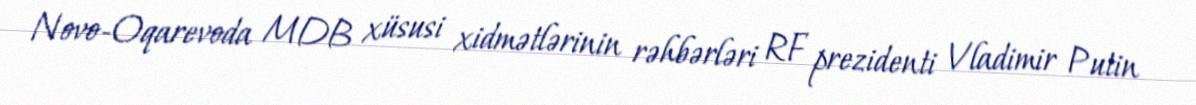
Novo-Oqarevoda MDB xüsusi xidmətlərinin rəhbərləri RF prezidenti Vladimir Putin